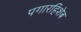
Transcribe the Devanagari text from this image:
पगारहिशेब